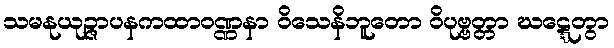
သမနုယုဉ္ဇာပနကထာဝဏ္ဏနာ ဝိသေနိဘူတော ဝိပုဗ္ဗတ္တာ ဃဋ္ဋေတွာ